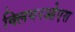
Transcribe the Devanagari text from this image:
क्लियरओएस